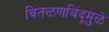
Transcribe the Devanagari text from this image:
वितळणबिंदूमुळे